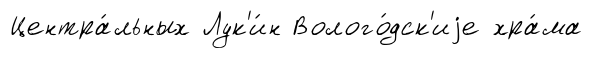
Центра́льных Лук'и́н Волого́дск'иjе хра́ма